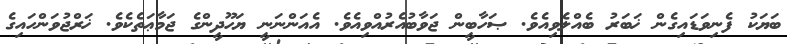
ބަޔަކު ފެނިވަޑައިގެން ޚަބަރު ބެއްލެވިއެވެ. ޞަހާބީން ޖަވާބުއެރުއްވިއެވެ. އެއަންނަނީ ޔަހޫދީންގެ ޖަމާޢަތެކެވެ. ޚަރްޖުވަންހައިގެ